Lunatic asylums in Bengal annual reports 1912-1924 - 1912-1924
Year: 1912
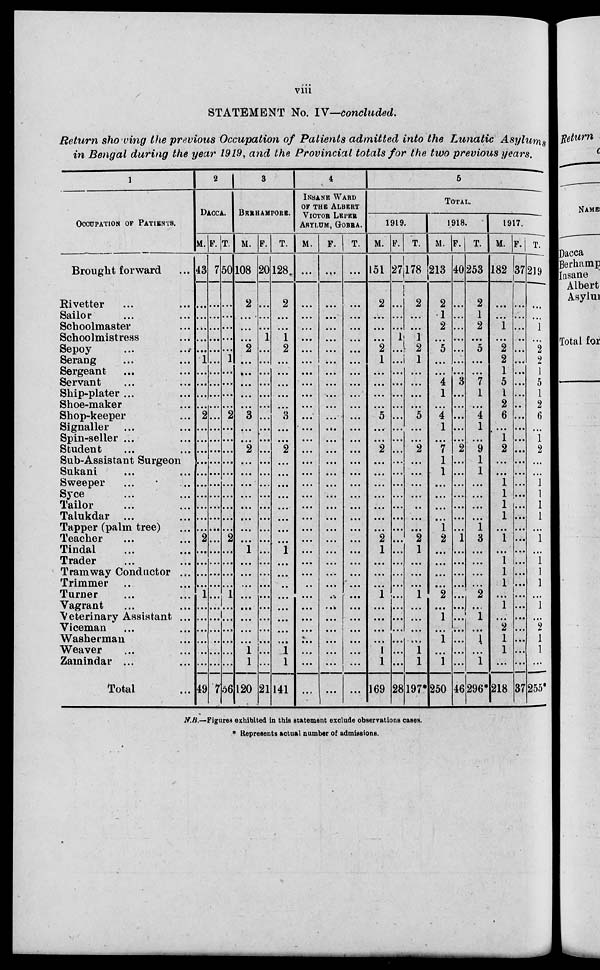
viii
STATEMENT No. IV—concluded.
Return showing the previous Occupation o f P a t i e n t s admitted into the Lunatic Asylums
in Bengal during the year 1919, and the Provincial totals for the two previous years.
1
OCCUPATION OF PATIENTS.
Brought forward ...
Rivetter ... ...
Sailor ... ...
Schoolmaster ...
Schoolmistress ...
Sepoy ... ...
Serang ... ...
Sergeant ... ...
Servant ... ...
Ship-plater ... ...
Shoe-maker ...
Shop-keeper ...
Singaller ... ...
Spin-seller ... ...
Student ... ...
Sub-Assistant Surgeon
Sukani ... ...
Sweeper ... ...
Syce ... ...
Tailor ... ...
Talukdar ... ...
Tapper (palm tree) ...
Teacher ... ...
Tindal ... ...
Trader ... ...
Tramway Conductor ...
Trimmer ... ...
Turner ... ...
Vagrant ... ...
Veterinary Assistant ...
Viceman ... ...
Washerman ...
Weaver ... ...
Zamindar ... ...
Total ...
2
DACCA.
M.
43
...
...
...
...
...
1
...
...
...
...
2
...
...
...
...
...
...
...
...
...
...
2
...
...
...
...
1
...
...
...
...
...
...
49
F.
7
...
...
...
...
...
...
...
...
...
...
...
...
...
...
...
...
...
...
...
...
...
...
...
...
...
...
...
...
...
...
...
...
...
7
T.
50
...
...
...
...
...
1
...
...
...
...
2
...
...
...
...
...
...
...
...
...
...
2
...
...
...
...
1
...
...
...
...
...
...
56
3
BERHAMPORE.
M.
108
2
...
...
...
2
...
...
...
...
...
3
...
...
2
...
...
...
...
...
...
...
...
1
...
...
...
...
...
...
...
...
1
1
120
F.
20
...
...
...
1
...
...
...
...
...
...
...
...
...
...
...
...
...
...
...
...
...
...
...
...
...
...
...
...
...
...
...
...
...
21
T.
128
2
...
...
1
2
...
...
...
...
...
3
...
...
2
...
...
...
...
...
...
...
...
1
...
...
...
...
...
...
...
...
1
1
141
4
INSANE WARD
OF THE ALBERT
VICTOR LEPER
ASYLUM, GOBRA.
M.
...
...
...
...
...
...
...
...
...
...
...
...
...
...
...
...
...
...
...
...
...
...
...
...
...
...
...
...
...
...
...
...
...
...
...
F.
...
...
...
...
...
...
...
...
...
...
...
...
...
...
...
...
...
...
...
...
...
...
...
...
...
...
...
...
...
...
...
...
...
...
...
T.
...
...
...
...
...
...
...
...
...
...
...
...
...
...
...
...
...
...
...
...
...
...
...
...
...
...
...
...
...
...
...
...
...
...
...
5
TOTAL.
1919.
M.
151
2
...
...
...
2
1
...
...
...
...
5
...
...
2
...
...
...
...
...
...
...
2
1
...
...
...
1
...
...
...
...
1
1
169
F.
27
...
...
...
1
...
...
...
...
...
...
...
...
...
...
...
...
...
...
...
...
...
...
...
...
...
...
...
...
...
...
...
...
...
28
T.
178
2
...
...
1
2
1
...
...
...
...
5
...
...
2
...
...
...
...
...
...
...
2
1
...
...
...
1
...
...
...
...
1
1
197*
1918.
M.
213
2
1
2
...
5
...
...
4
1
...
4
1
...
7
1
1
...
...
...
...
1
2
...
...
...
...
2
...
1
...
1
...
1
250
F.
40
...
...
...
...
...
...
...
3
...
...
...
...
...
2
...
...
...
...
...
...
...
1
...
...
...
...
...
...
...
...
...
...
...
46
T.
253
2
1
2
...
5
...
...
7
1
...
4
1
...
9
1
1
...
...
...
...
1
3
...
...
...
...
2
...
1
...
1
...
1
296*
1917.
M.
182
...
...
1
...
2
2
1
5
1
2
6
...
1
2
...
...
1
1
1
1
...
1
...
1
1
1
...
1
...
2
1
1
...
218
F.
37
...
...
...
...
...
...
...
...
...
...
...
...
...
...
...
...
...
...
...
...
...
...
...
...
...
...
...
...
...
...
...
...
...
37
T.
219
...
...
1
...
2
2
1
5
1
2
6
...
1
2
...
...
1
1
1
1
...
1
...
1
1
1
...
1
...
2
1
1
...
255*
N.B.—Figures exhibited in this statement exclude observations cases.
* Represents actual number of admissions.